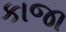
કાજા